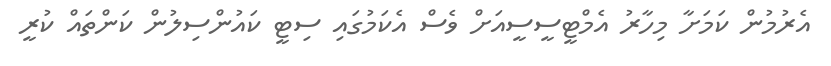
އެރުމުން ކަމަށާ މިހާރު އެމްޓީސީސީއަށް ވެސް އެކަމުގައި ސިޓީ ކައުންސިލުން ކަންތައް ކުރީ